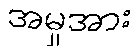
အမှုအား